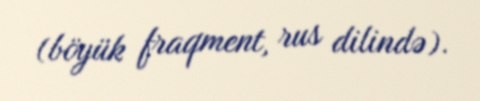
(böyük fraqment, rus dilində).